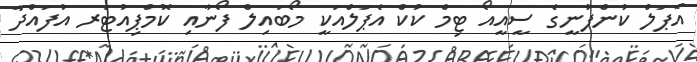
އެޕަލް ކުންފުނީގެ ސީއީއޯ ޓިމް ކުކް އެޕަލްއަކީ މޯބައިލް ފޯނާއި ކޮމްޕިއުޓަރ އުފައްދާ